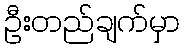
ဦးတည်ချက်မှာ